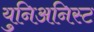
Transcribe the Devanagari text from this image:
युनिअनिस्ट